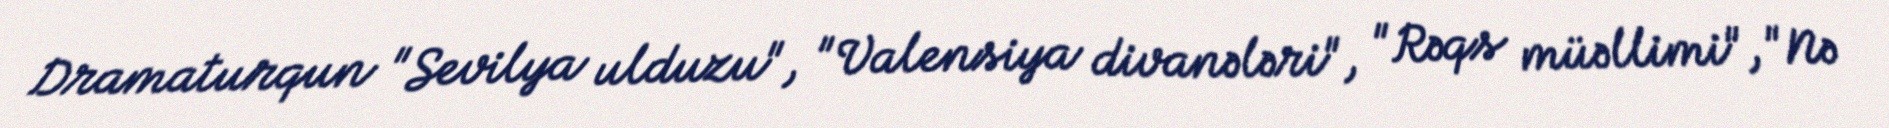
Dramaturqun "Sevilya ulduzu", "Valensiya divanələri", "Rəqs müəllimi", "Nə